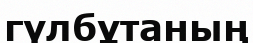
гүлбұтаның